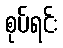
စုပ်ရင်း